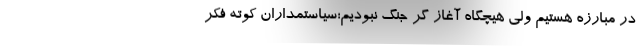
در مبارزه هستیم ولی هیچگاه آغاز گر جنگ نبودیم؛سیاستمداران کوته فکر